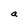
Character: a